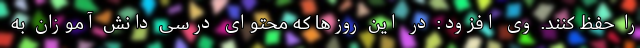
را حفظ کنند. وی افزود: در این روز‌ها که محتوای درسی دانش آموزان به